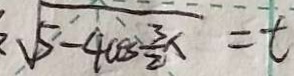
\sqrt { 5 - 4 \cos \frac { 3 } { 2 } x } = t